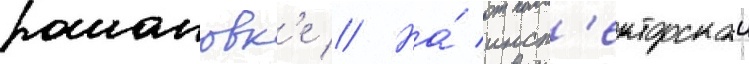
романовк'е // На́ инсп'екторскои